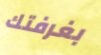
بغرفتك